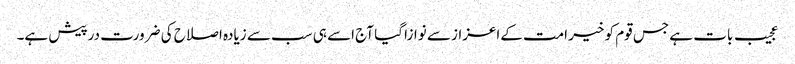
عجیب بات ہے جس قوم کو خیر امت کےاعزاز سے نوازا گیا آج اسے ہی سب سے زیادہ اصلاح کی ضرورت درپیش ہے۔